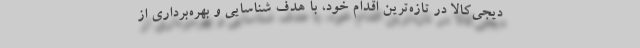
دیجی‌کالا در تازه‌ترین اقدام خود، با هدف شناسایی و بهره‌برداری از